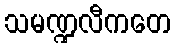
သမဏ္ဍလီကတေ